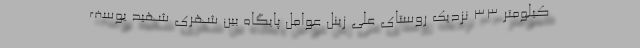
کیلومتر ۳۳ نزدیک روستای علی زینل عوامل پایگاه بین شهری شهید یوسف